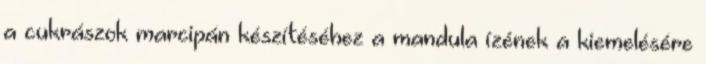
a cukrászok marcipán készítéséhez a mandula ízének a kiemelésére